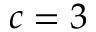
c = 3